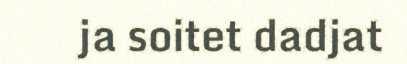
ja soitet dadjat